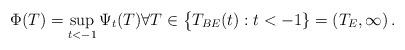
LaTeX: \begin{align*}\Phi(T)=\sup_{t<-1}\Psi_t(T)\forall T\in\big\{T_{BE}(t):t<-1\}=(T_E,\infty)\,.\end{align*}